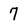
Character: 7